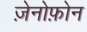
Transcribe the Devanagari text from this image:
ज़ेनोफ़ोन